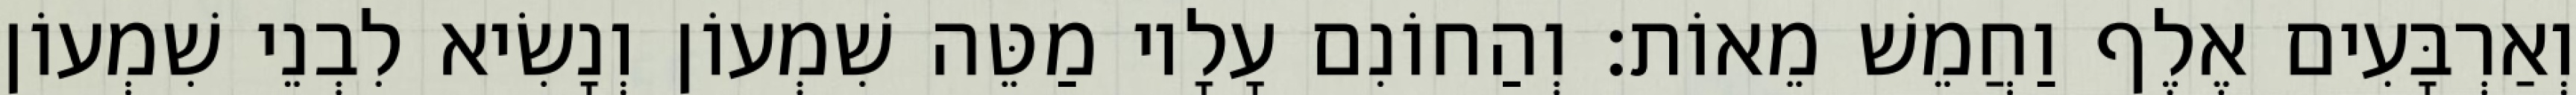
וְאַרְבָּעִים אֶלֶף וַחֲמֵשׁ מֵאוֹת׃ וְהַחוֹנִם עָלָיו מַטֵּה שִׁמְעוֹן וְנָשִׂיא לִבְנֵי שִׁמְעוֹן